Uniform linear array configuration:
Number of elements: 4
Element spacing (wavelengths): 0.75
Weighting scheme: binomial
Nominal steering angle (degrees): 45
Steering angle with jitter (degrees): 46.409
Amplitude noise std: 0.05
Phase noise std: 0.05

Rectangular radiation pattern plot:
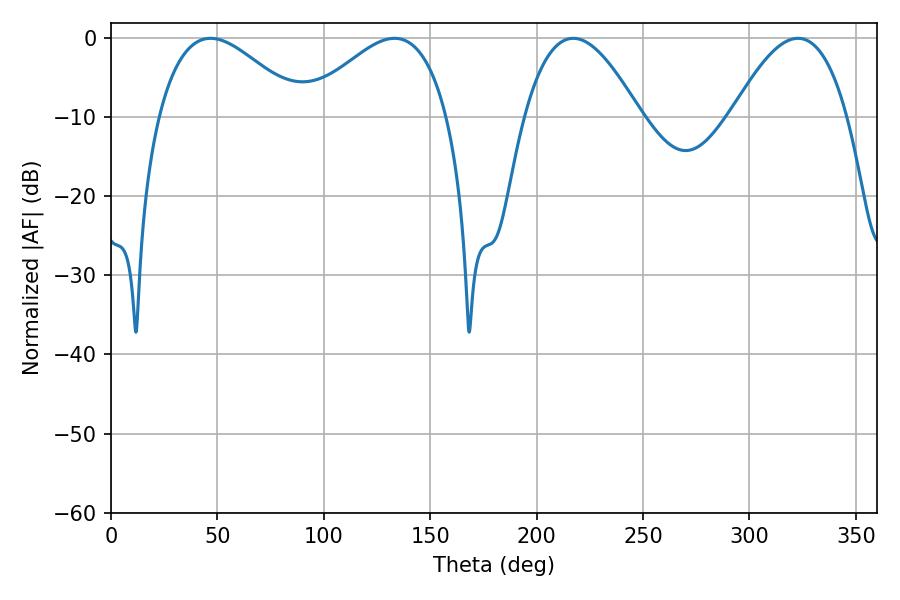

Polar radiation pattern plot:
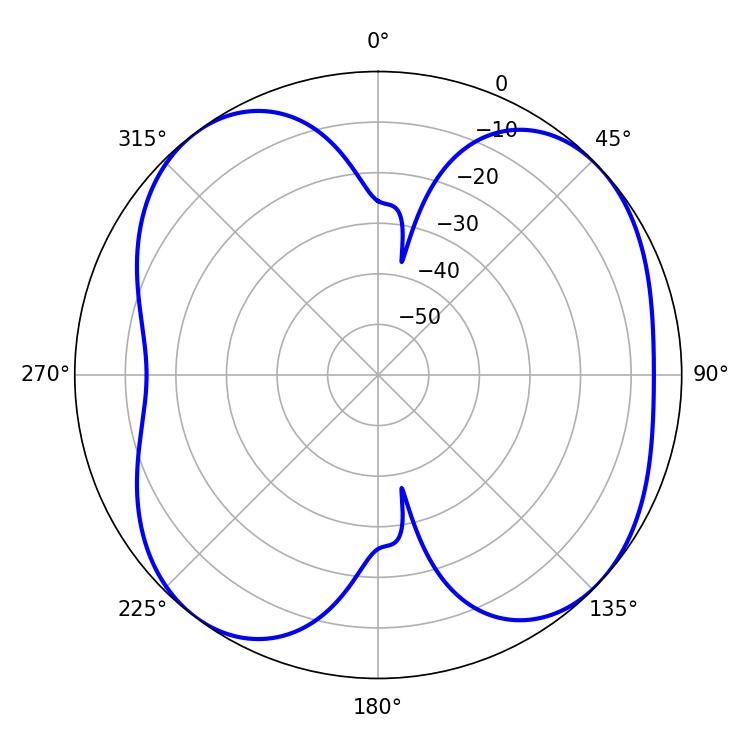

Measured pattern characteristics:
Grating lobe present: TRUE
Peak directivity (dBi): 7.614
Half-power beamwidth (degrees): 36.54
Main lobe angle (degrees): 46.8